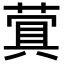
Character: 𬝬